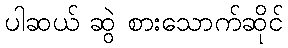
ပါဆယ် ဆွဲ စားသောက်ဆိုင်